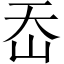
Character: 岙